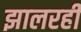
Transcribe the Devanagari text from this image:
झालरही